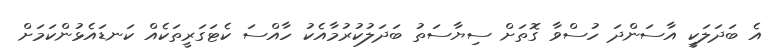
އެ ބަދަލަކީ އާސަންދަ ހުސްވާ ގޮތަށް ސިޔާސަތު ބަދަލުކުރުމާއެކު ހާއްސަ ކެޓަގަރީތަކެއް ކަނޑައެޅުންކަމަށް